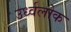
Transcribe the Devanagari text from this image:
उर्ध्वलोक